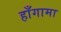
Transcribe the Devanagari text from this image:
हाँगामा